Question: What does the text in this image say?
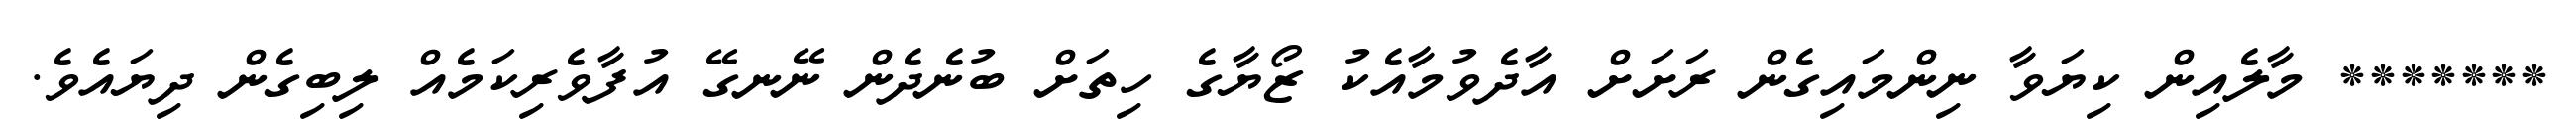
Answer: ******* މާލެއިން ކިޔަވާ ނިންމައިގެން ރަށަށް އާދެވުމާއެކު ޒޯޔާގެ ހިތަށް ބުނެދެން ނޭނގޭ އުފާވެރިކަމެއް ލިބިގެން ދިޔައެވެ.